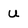
Character: u